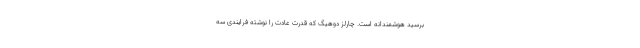
برسید هوشمندانه است. چارلز دوهیگ که قدرت عادت را نوشته فرایندی سه